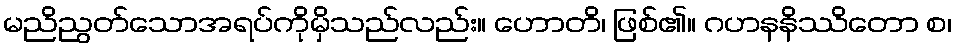
မညိညွတ်သောအရပ်ကိုမှိသည်လည်း။ ဟောတိ၊ ဖြစ်၏။ ဂဟနနိဿိတော စ၊